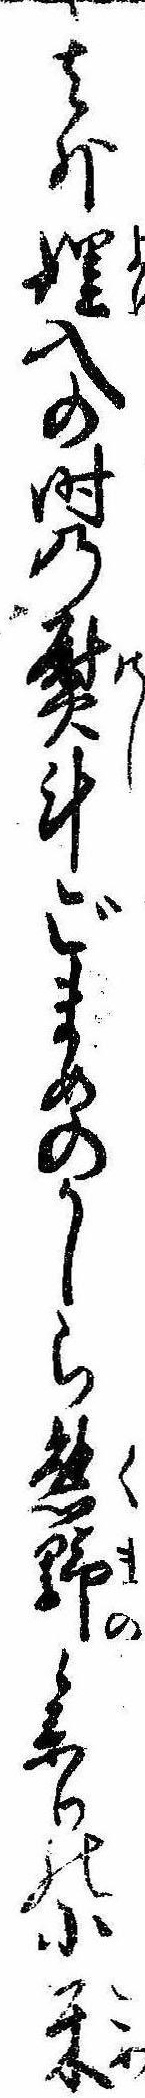
其外入の時の熨斗ごまめのかしら熊野参りの小米